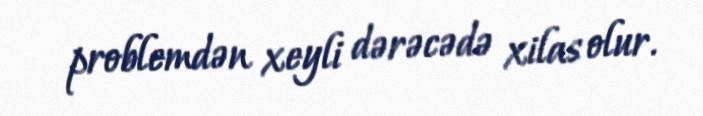
problemdən xeyli dərəcədə xilas olur.